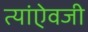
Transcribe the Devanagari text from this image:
त्यांऐवजी